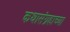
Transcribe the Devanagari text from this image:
कथासंग्रहाच्या